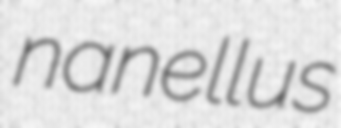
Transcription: nanellus